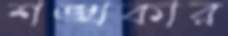
শঙ্খকার